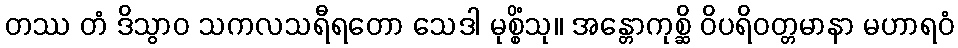
တဿ တံ ဒိသွာဝ သကလသရီရတော သေဒါ မုစ္စိံသု။ အန္တောကုစ္ဆိ ဝိပရိဝတ္တမာနာ မဟာရဝံ